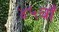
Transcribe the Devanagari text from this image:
४५वाँ